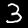
Label: 3